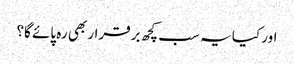
اور کیا یہ سب کچھ برقرار بھی رہ پائے گا؟